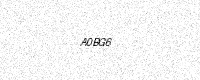
Text: A0BG6